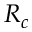
R _ { c }